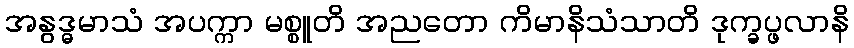
အနွဒ္ဓမာသံ အပက္ကာ မစ္စူတိ အညတော ကိမာနိသံသာတိ ဒုက္ခပ္ဖလာနိ